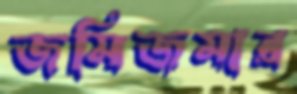
জমিজমার